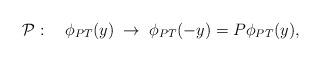
LaTeX: \begin{align*}{\cal P}: \quad \phi_{P T}(y) \; \rightarrow \; \phi_{P T} (-y) = P \phi_{P T} (y),\end{align*}